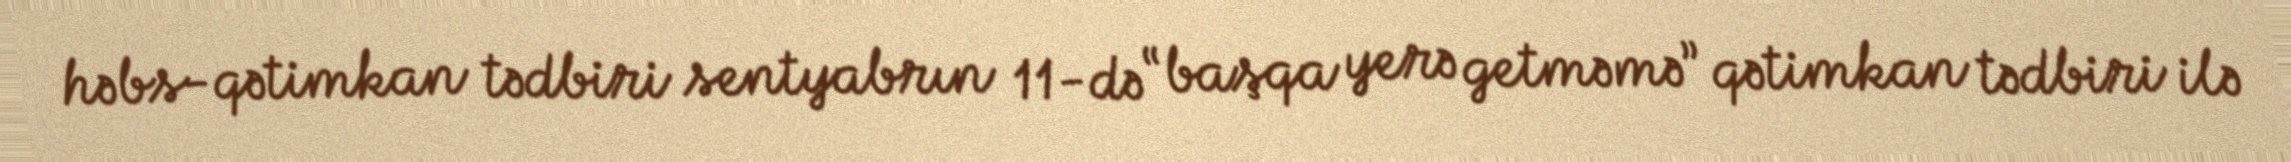
həbs-qətimkan tədbiri sentyabrın 11-də “başqa yerə getməmə” qətimkan tədbiri ilə